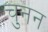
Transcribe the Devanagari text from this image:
चुनन